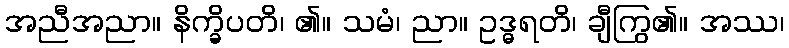
အညီအညာ။ နိက္ခိပတိ၊ ၏။ သမံ၊ ညာ။ ဥဒ္ဓရတိ၊ ချီကြွ၏။ အဿ၊